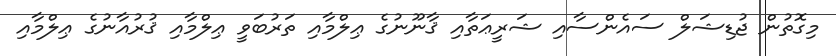
މިގޮތުން ޖުޑިޝަލް ސައެންސާއި ޝަރީޢަތާއި ޤާނޫނުގެ ޢިލްމާއި ތަރުބަވީ ޢިލްމާއި ޤުރުއާނުގެ ޢިލްމާއި